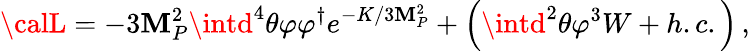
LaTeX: {\calL}=-3\mathbf{M}_{P}^{2}\intd^{4}\theta\varphi\varphi^{\dagger}e^{-K/3\mathbf{M}_{P}^{2}}+\left(\intd^{2}\theta\varphi^{3}W+h.c.\right)\, ,